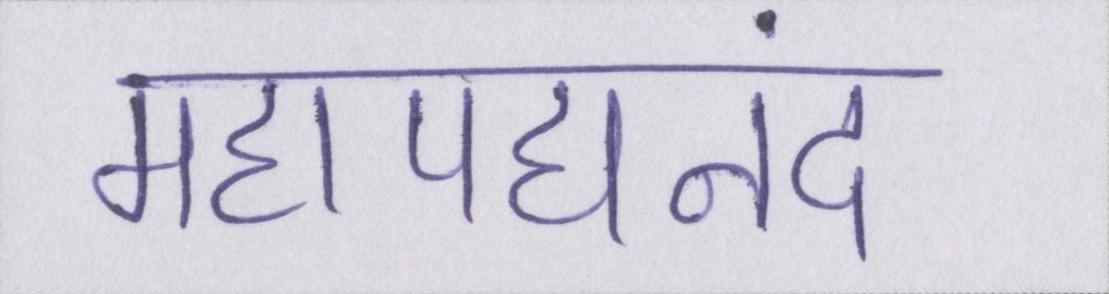
महापद्यनंद